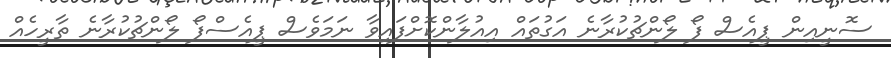
ސޮނީއިން ޕީއެސް ފޯ ލޯންޗުކުރާނެ އަގުތައް އިއުލާންކޮށްފައިވާ ނަމަވެސް ޕީއެސްފޯ ލޯންޗުކުރާނެ ތާރީހެއް